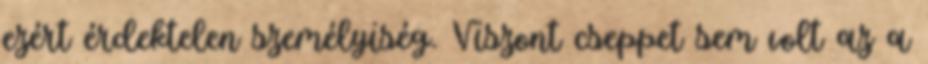
ezért érdektelen személyiség. Viszont cseppet sem volt az a